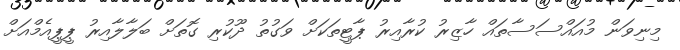
މިނިވަން މުއައްސަސާތައް ހާޒިރު ކުރާއިރު ޕާޓީތަކަށް ވަގުތު ދޫކުރި ގޮތަށް ބަލާލާއިރު ޕީޕީއެމްއަށް